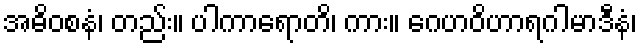
အဓိဝစနံ၊ တည်း။ ပါကာရောတိ၊ ကား။ ဂေဟဝိဟာရဂါမာဒီနံ၊